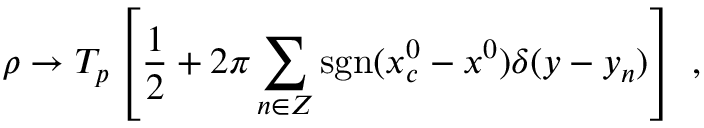
\rho \to { \cal T } _ { p } \left[ { \frac { 1 } { 2 } } + 2 \pi \sum _ { n \in Z } \mathrm { s g n } ( x _ { c } ^ { 0 } - x ^ { 0 } ) \delta ( y - y _ { n } ) \right] ~ ,